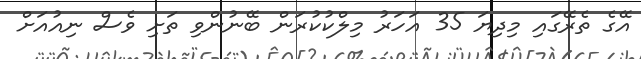
އޭގެ ތެރޭގައި މިދިޔަ 35 އަހަރު މިލްކުކުރަން ބޭނުންވި ތަށި ވެސް ނިއުއަށް